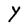
Character: Y